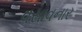
વસાવનાર